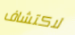
لاكتشاف